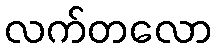
လက်တလော